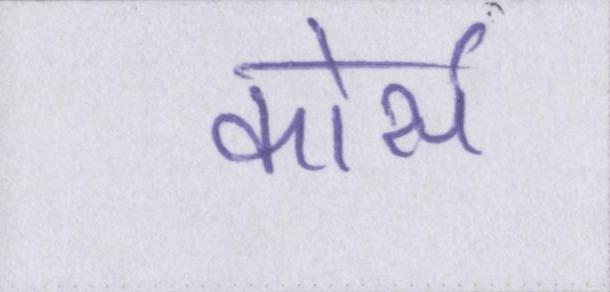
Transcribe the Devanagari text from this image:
कोर्स